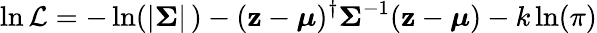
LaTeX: \ln\mathcal{L}=-\ln(|{\boldsymbol{\Sigma}}|\, )-(\mathbf{{z}}-{\boldsymbol{\mu}})^{\dagger}{\boldsymbol{\Sigma}}^{-1}(\mathbf{{z}}-{\boldsymbol{\mu}})-k\ln(\pi)